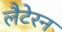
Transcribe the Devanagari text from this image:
लैटेरन